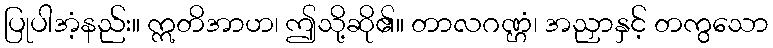
ပြုပါအံ့နည်း။ ဣတိအာဟ၊ ဤသို့ဆို၏။ တာလဂဏ္ဌံ၊ အညှာနှင့် တကွသော